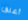
أعلق